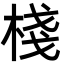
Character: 棧